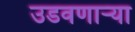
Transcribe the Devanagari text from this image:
उडवणाऱ्या